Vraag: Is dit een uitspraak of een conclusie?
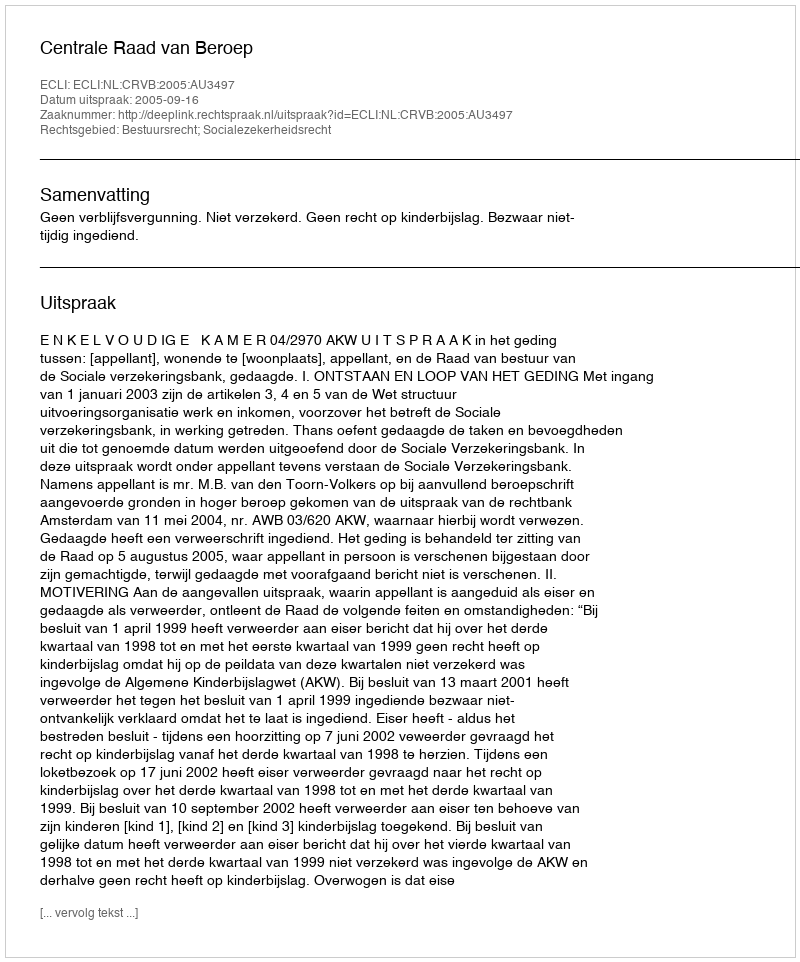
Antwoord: Uitspraak